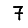
Digit: 7